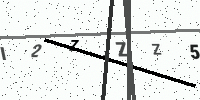
Text: I2ZZZ57